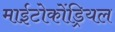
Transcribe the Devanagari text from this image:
माईटोकोंड्रियल